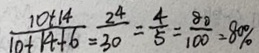
\frac { 1 0 + 1 4 } { 1 0 + 1 4 + 6 } = \frac { 2 ^ { 4 } } { 3 0 } = \frac { 4 } { 5 } = \frac { 8 0 } { 1 0 0 } = 8 0 \%